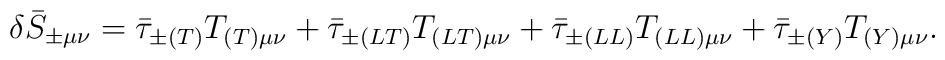
\delta\bar{S}_{\pm\mu\nu} =    \bar{\tau}_{\pm(T)}T_{(T)\mu\nu} + \bar{\tau}_{\pm(LT)}T_{(LT)\mu\nu}    + \bar{\tau}_{\pm(LL)}T_{(LL)\mu\nu} + \bar{\tau}_{\pm(Y)}T_{(Y)\mu\nu},